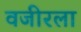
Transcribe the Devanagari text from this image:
वजीरला